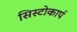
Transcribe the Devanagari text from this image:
सिस्टोकार्प